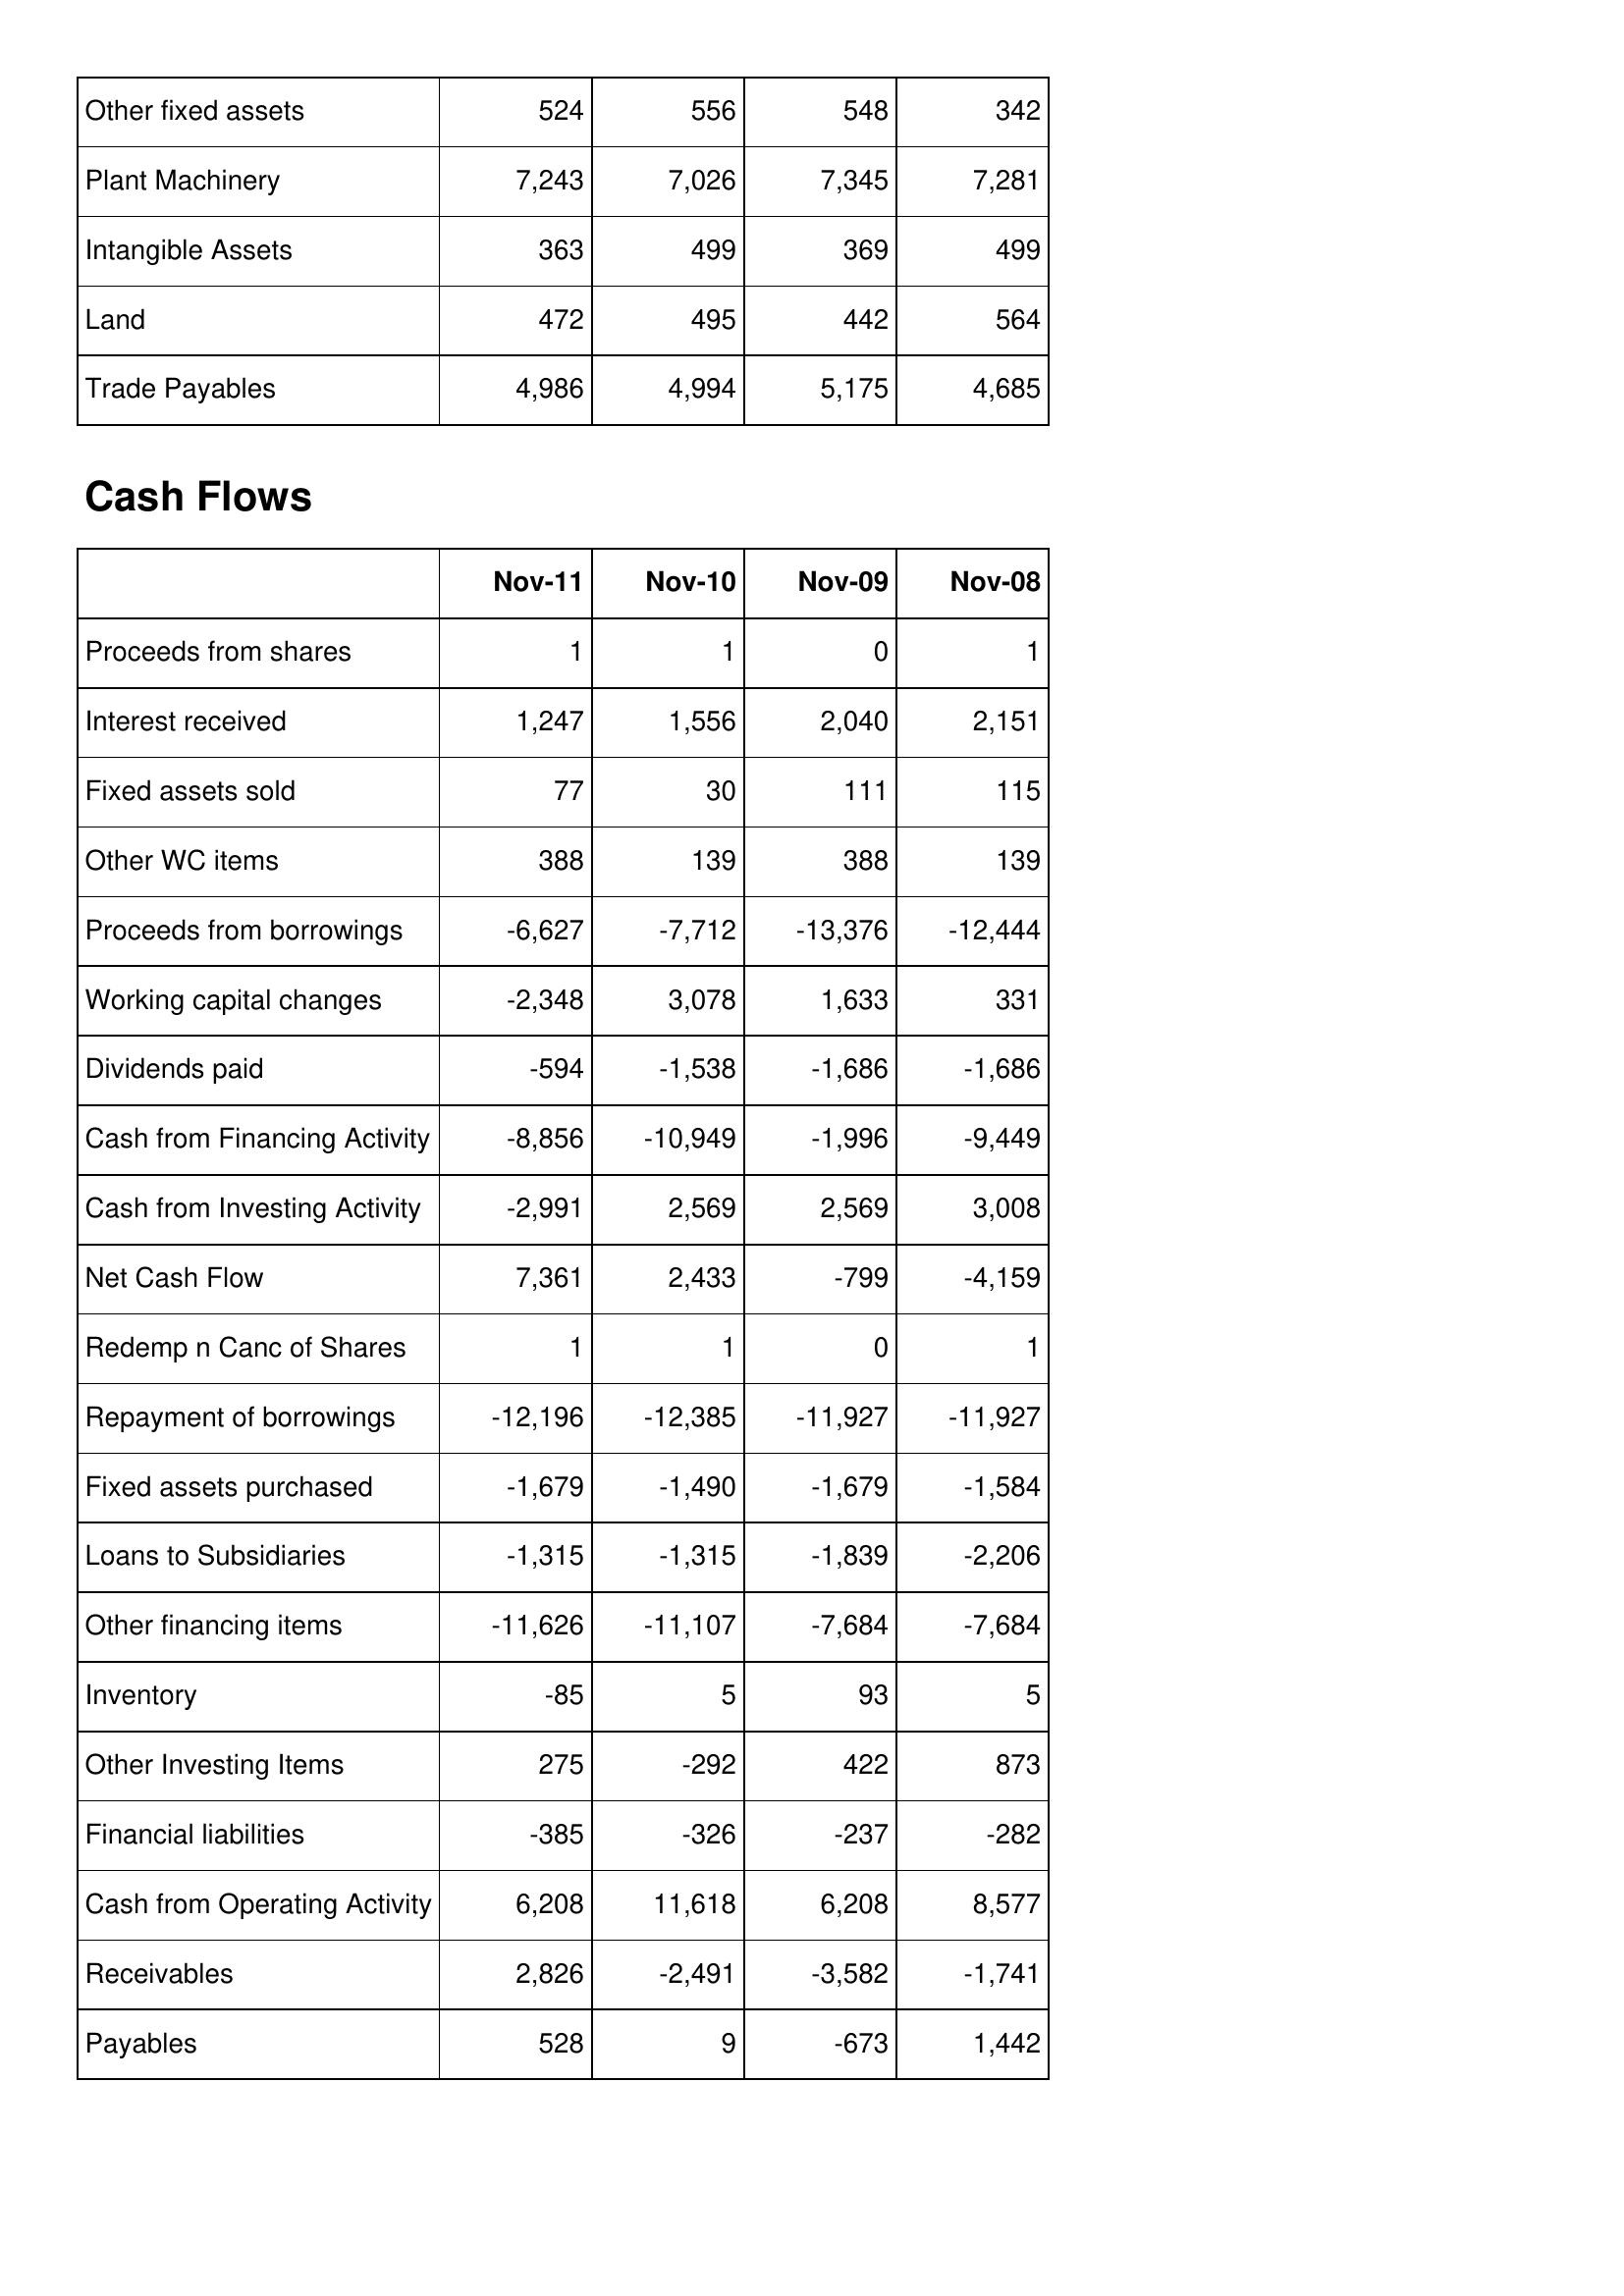
Nov-11: Balance Sheet: Other fixed assets: 524
Plant Machinery: 7,243
Intangible Assets: 363
Land: 472
Trade Payables: 4,986
Cash Flows: Proceeds from shares: 1
Interest received: 1,247
Fixed assets sold: 77
Other WC items: 388
Proceeds from borrowings: -6,627
Working capital changes: -2,348
Dividends paid: -594
Cash from Financing Activity: -8,856
Cash from Investing Activity: -2,991
Net Cash Flow: 7,361
Redemp n Canc of Shares: 1
Repayment of borrowings: -12,196
Fixed assets purchased: -1,679
Loans to Subsidiaries: -1,315
Other financing items: -11,626
Inventory: -85
Other Investing Items: 275
Financial liabilities: -385
Cash from Operating Activity: 6,208
Receivables: 2,826
Payables: 528
Nov-10: Balance Sheet: Other fixed assets: 556
Plant Machinery: 7,026
Intangible Assets: 499
Land: 495
Trade Payables: 4,994
Cash Flows: Proceeds from shares: 1
Interest received: 1,556
Fixed assets sold: 30
Other WC items: 139
Proceeds from borrowings: -7,712
Working capital changes: 3,078
Dividends paid: -1,538
Cash from Financing Activity: -10,949
Cash from Investing Activity: 2,569
Net Cash Flow: 2,433
Redemp n Canc of Shares: 1
Repayment of borrowings: -12,385
Fixed assets purchased: -1,490
Loans to Subsidiaries: -1,315
Other financing items: -11,107
Inventory: 5
Other Investing Items: -292
Financial liabilities: -326
Cash from Operating Activity: 11,618
Receivables: -2,491
Payables: 9
Nov-09: Balance Sheet: Other fixed assets: 548
Plant Machinery: 7,345
Intangible Assets: 369
Land: 442
Trade Payables: 5,175
Cash Flows: Proceeds from shares: 0
Interest received: 2,040
Fixed assets sold: 111
Other WC items: 388
Proceeds from borrowings: -13,376
Working capital changes: 1,633
Dividends paid: -1,686
Cash from Financing Activity: -1,996
Cash from Investing Activity: 2,569
Net Cash Flow: -799
Redemp n Canc of Shares: 0
Repayment of borrowings: -11,927
Fixed assets purchased: -1,679
Loans to Subsidiaries: -1,839
Other financing items: -7,684
Inventory: 93
Other Investing Items: 422
Financial liabilities: -237
Cash from Operating Activity: 6,208
Receivables: -3,582
Payables: -673
Nov-08: Balance Sheet: Other fixed assets: 342
Plant Machinery: 7,281
Intangible Assets: 499
Land: 564
Trade Payables: 4,685
Cash Flows: Proceeds from shares: 1
Interest received: 2,151
Fixed assets sold: 115
Other WC items: 139
Proceeds from borrowings: -12,444
Working capital changes: 331
Dividends paid: -1,686
Cash from Financing Activity: -9,449
Cash from Investing Activity: 3,008
Net Cash Flow: -4,159
Redemp n Canc of Shares: 1
Repayment of borrowings: -11,927
Fixed assets purchased: -1,584
Loans to Subsidiaries: -2,206
Other financing items: -7,684
Inventory: 5
Other Investing Items: 873
Financial liabilities: -282
Cash from Operating Activity: 8,577
Receivables: -1,741
Payables: 1,442